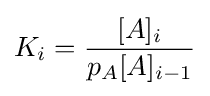
K_{i}={\frac {[A]_{i}}{p_{A}[A]_{i-1}}}